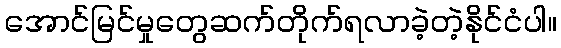
အောင်မြင်မှုတွေဆက်တိုက်ရလာခဲ့တဲ့နိုင်ငံပါ။